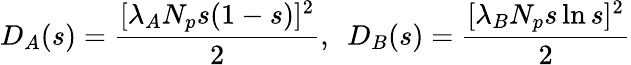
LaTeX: D_{A}(s)=\frac{[\lambda_{A}N_{p}s(1-s)]^{2}}{2},~~D_{B}(s)=\frac{[\lambda_{B}N_{p}s\ln{s}]^{2}}{2}